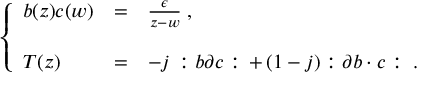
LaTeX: \left\{ \begin{array} { l c l } { { b ( z ) c ( w ) } } & { { = } } & { { \frac { \epsilon } { z - w } \; , } } \\ { { } } & { { } } & { { } } \\ { { T ( z ) } } & { { = } } & { { - j \, : b \partial c : \, + \, ( 1 - j ) : \partial b \cdot c : \; . } } \end{array} \right.